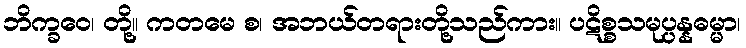
ဘိက္ခဝေ၊ တို့။ ကတမေ စ၊ အဘယ်တရားတို့သည်ကား။ ပဋိစ္စသမုပ္ပန္နဓမ္မာ၊